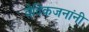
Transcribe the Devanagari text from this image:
वैदिकजनांनी